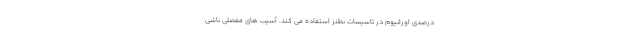
درصدی اورانیوم در تاسیسات نطنز استفاده می ‌کند. آسیب‌ های مفصلی ناشی